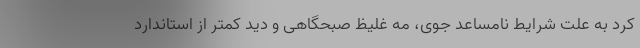
کرد به‌ علت شرایط نامساعد جوی، مه غلیظ صبحگاهی و دید کمتر از استاندارد